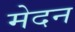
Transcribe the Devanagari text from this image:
मेदन